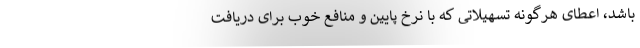
باشد، اعطای هرگونه تسهیلاتی که با نرخ پایین و منافع خوب برای دریافت